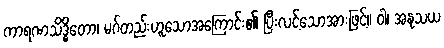
ကာရဏသိဒ္ဓိတော၊ မဂ်တည်းဟူသောအကြောင်း၏ ပြီးလင့်သောအားဖြင့်။ ဝါ၊ အနုသယ